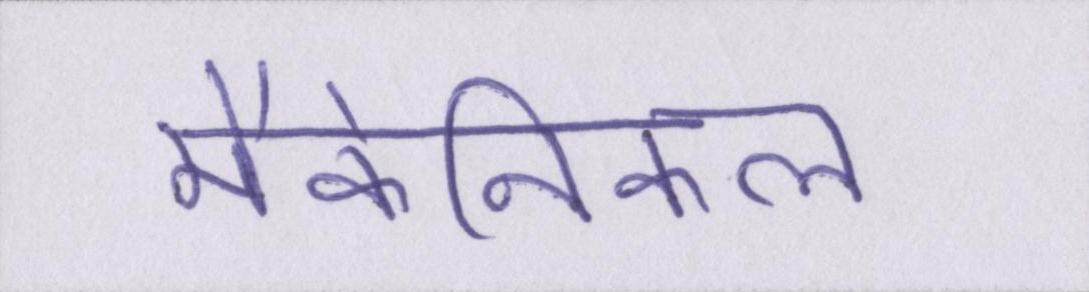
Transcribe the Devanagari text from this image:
मैकेनिकल